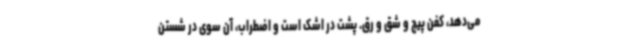
می‌دهد، کفن پیچ و شق و رق. پشت در اشک است و اضطراب،‌ آن سوی در شستن